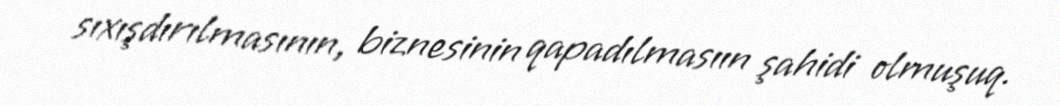
sıxışdırılmasının, biznesinin qapadılmasıın şahidi olmuşuq.